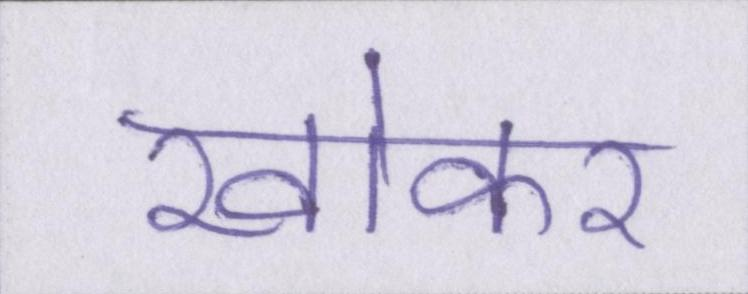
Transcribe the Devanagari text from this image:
खोकर